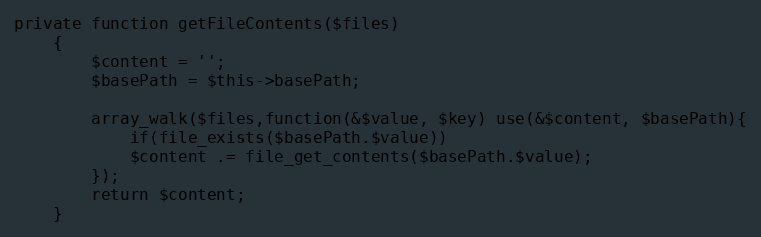
Language: PHP
private function getFileContents($files)
	{
		$content = '';
		$basePath = $this->basePath;

		array_walk($files,function(&$value, $key) use(&$content, $basePath){
			if(file_exists($basePath.$value))
			$content .= file_get_contents($basePath.$value);
		});
		return $content;
	}